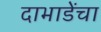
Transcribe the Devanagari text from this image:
दाभाडेंचा